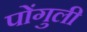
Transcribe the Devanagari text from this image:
पोंगुली